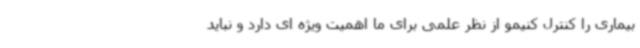
بیماری را کنترل کنیمو از نظر علمی برای ما اهمیت ویژه ای دارد و نباید